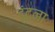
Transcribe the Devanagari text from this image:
ढूंदना